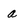
Character: a